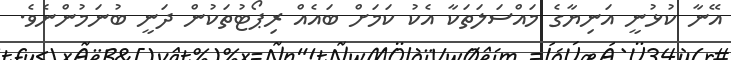
އޭނާ ކުޅުނީ އަނިޔާގެ މައްސަލަތަކާ އެކު ކަމަށް ބައެއް ރިޕޯޓުތަކުން ދަނީ ބުނަމުންނެވެ.